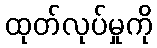
ထုတ်လုပ်မှုကို